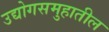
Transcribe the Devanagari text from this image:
उद्योगसमुहातील